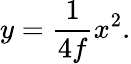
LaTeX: y={\frac{1}{4f}}x^{2}.